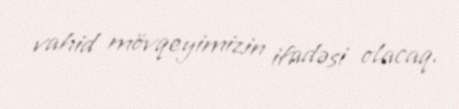
vahid mövqeyimizin ifadəsi olacaq.